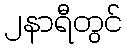
၂နာရီတွင်